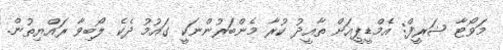
މަވޯޓާ ޝަރީފް: އެމްޑީޕީއަށް ތާއީދު ކުރާ މެންބަރުންނަކީ ގައުމު ދެކެ ލޯބިވާ ރައްޔިތުން.